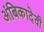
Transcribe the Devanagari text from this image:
अंबिकादेवी